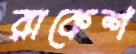
রাকেশ